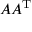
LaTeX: A A ^ { \mathrm { T } }